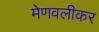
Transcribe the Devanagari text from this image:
मेणवलीकर